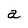
Character: a